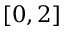
[ 0 , 2 ]